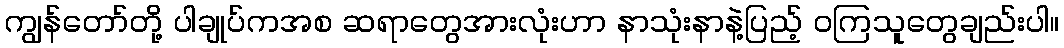
ကျွန်တော်တို့ ပါချုပ်ကအစ ဆရာတွေအားလုံးဟာ နာသုံးနာနဲ့ပြည့် ဝကြသူတွေချည်းပါ။